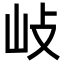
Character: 𡵨